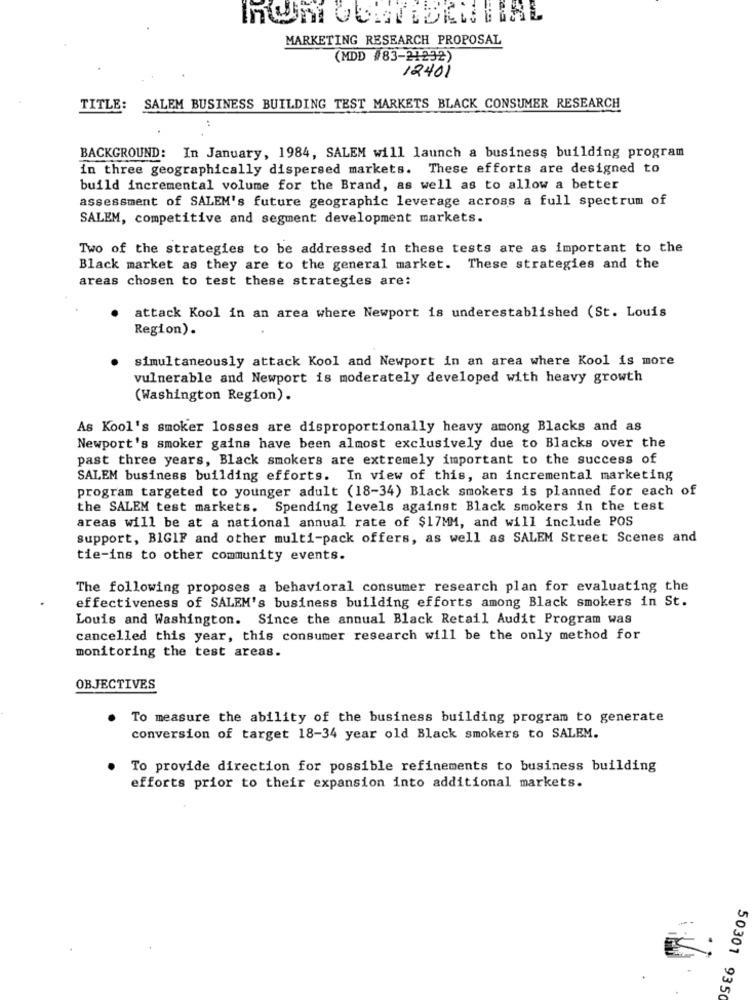
MARKETING RESEARCH PROPOSAL
(MDD #83-21232)
12401
TITLE: SALEM BUSINESS BUILDING TEST MARKETS BLACK CONSUMER RESEARCH
BACKGROUND: In January, 1984, SALEM will launch a business building program
in three geographically dispersed markets. These efforts are designed to
build incremental volume for the Brand, as well as to allow a better
assessment of SALEM's future geographic leverage across a full spectrum of
SALEM, competitive and segment development markets.
Two of the strategies to be addressed in these tests are as important to the
Black market as they are to the general market. These strategies and the
areas chosen to test these strategies are:
attack Kool in an area where Newport is underestablished (St. Louis
Region) .
simultaneously attack Kool and Newport in an area where Kool is more
vulnerable and Newport is moderately developed with heavy growth
(Washington Region).
As Kool's smoker losses are disproportionally heavy among Blacks and as
Newport's smoker gains have been almost exclusively due to Blacks over the
past three years, Black smokers are extremely important to the success of
SALEM business building efforts. In view of this, an incremental marketing
program targeted to younger adult (18-34) Black smokers is planned for each of
the SALEM test markets. Spending levels against Black smokers in the test
areas will be at a national annual rate of $17MM, and will include POS
support, BIGIF and other multi-pack offers, as well as SALEM Street Scenes and
tie-ins to other community events.
The following proposes a behavioral consumer research plan for evaluating the
effectiveness of SALEM's business building efforts among Black smokers in St.
Louis and Washington. Since the annual Black Retail Audit Program was
cancelled this year, this consumer research will be the only method for
monitoring the test areas.
OBJECTIVES
To measure the ability of the business building program to generate
conversion of target 18-34 year old Black smokers to SALEM.
To provide direction for possible refinements to business building
efforts prior to their expansion into additional markets.
50301 9350